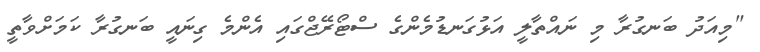
"މިއަދު ބަނގުރާ މި ނައްތާލީ އަޅުގަނޑުމެންގެ ސްޓޯރޭޖްގައި އެންމެ ގިނައީ ބަނގުރާ ކަމަށްވާތީ